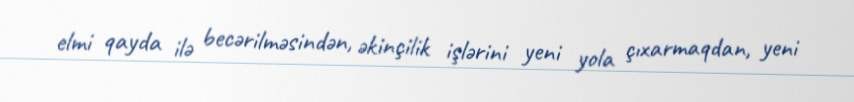
elmi qayda ilə becərilməsindən, əkinçilik işlərini yeni yola çıxarmaqdan, yeni